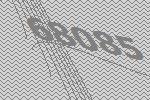
68085